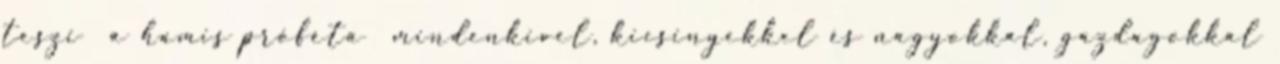
teszi a hamis próféta mindenkivel, kicsinyekkel és nagyokkal, gazdagokkal